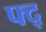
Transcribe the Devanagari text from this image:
फ्द्